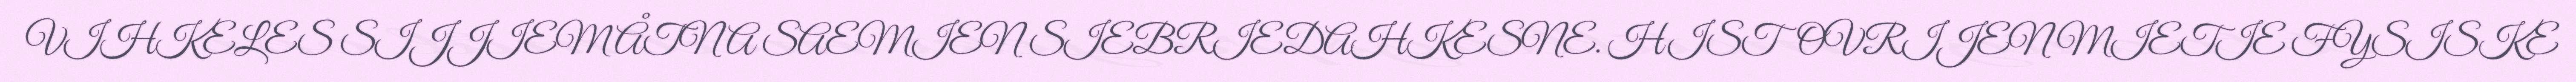
VIHKELES SIJJIEM ÅTNA SAEMIEN SIEBRIEDAHKESNE. HISTOVRIJEN MIETIE FYSISKE